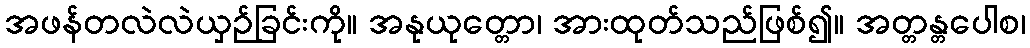
အဖန်တလဲလဲယှဉ်ခြင်းကို။ အနုယုတ္တော၊ အားထုတ်သည်ဖြစ်၍။ အတ္တန္တပေါစ၊